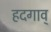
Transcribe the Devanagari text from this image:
हदगाव्